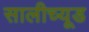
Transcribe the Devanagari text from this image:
सालीच्यूड